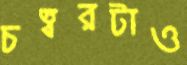
চত্বরটাও